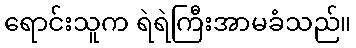
ရောင်းသူက ရဲရဲကြီးအာမခံသည်။